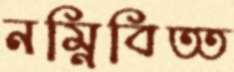
নম্নিবিত্ত